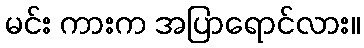
မင်း ကားက အပြာရောင်လား။